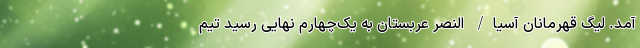
آمد. لیگ قهرمانان آسیا/ النصر عربستان به یک‌چهارم نهایی رسید تیم